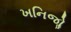
ખનિજોૢ